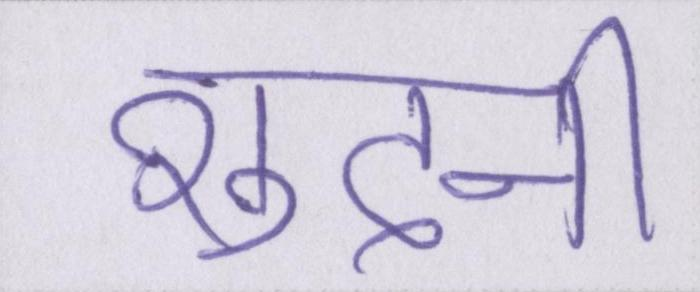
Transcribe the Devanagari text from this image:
शुदनी